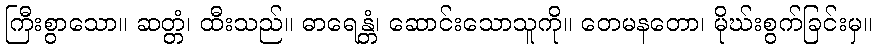
ကြီးစွာသော။ ဆတ္တံ၊ ထီးသည်။ ဓာရေန္တံ၊ ဆောင်းသောသူကို။ တေမနတော၊ မိုဃ်းစွက်ခြင်းမှ။